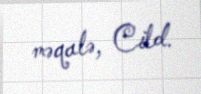
məqalə, Cild.